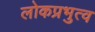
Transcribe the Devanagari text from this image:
लोकप्रभुत्व